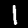
Label: 1